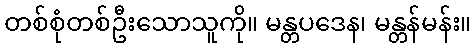
တစ်စုံတစ်ဦးသောသူကို။ မန္တပဒေန၊ မန္တန်မန်း။